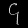
Digit: ၄